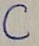
Text: C